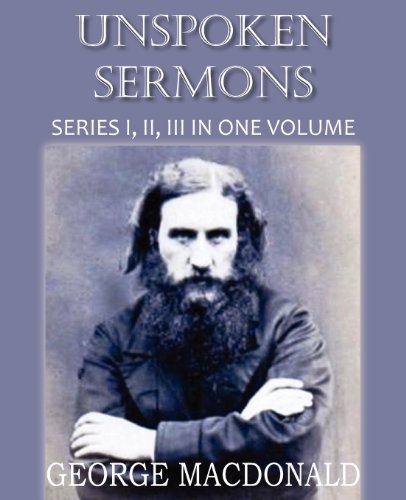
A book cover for Unspoken Sermons Series I, II, and II; George MacDonald; Christian Books & Bibles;